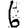
Digit: 6